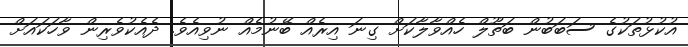
އުކުޅުތަކުގެ ސަބަބުން ބަތޫލް ހެއްވާލާކަށް ގިނަ އިރެއް ބޭނުމެއް ނުވިއެވެ. ދެއެކުވެރިން ވާހަކައަށް